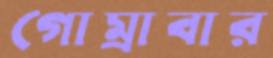
গোম্‌রাবার